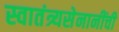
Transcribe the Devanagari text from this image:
स्वातंत्र्यसेनानींची